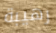
رهيبة